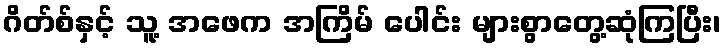
ဂိတ်စ်နှင့် သူ့ အဖေက အကြိမ် ပေါင်း များစွာတွေ့ဆုံကြပြီး၊